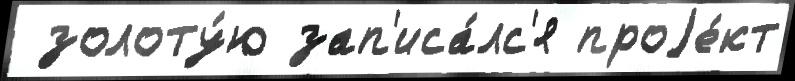
 золоту́ю зап'иса́лс'я проjе́кт